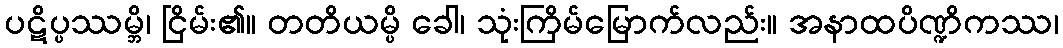
ပဋိပ္ပဿမ္ဘိ၊ ငြိမ်း၏။ တတိယမ္ပိ ခေါ၊ သုံးကြိမ်မြောက်လည်း။ အနာထပိဏ္ဍိကဿ၊